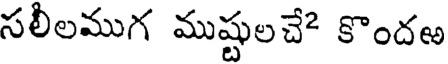
సలీలముగ ముష్టులచే కొందఱ